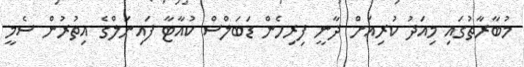
މުބާރާތުގައި މިއަދު ކުރިއަށް ދާނީ ފިރިހެން ޑަބަލްސް ކުއާޓާ ފައިނަލްގެ އިތުރުން ސެމީ